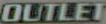
OUTLET